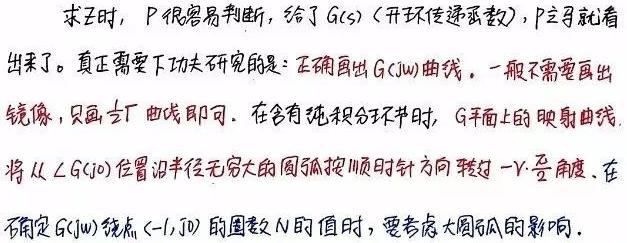
求王时, P 很容易判断, 给了 $G(s)$ (开环传递函数), P 立马就看出来了。真正需要下功夫研究的是: 正确画出 $G(j\omega)$ 曲线。一般不需要画出镜像, 只画 $\omega \uparrow$ 曲线即可。在含有纯积分环节时, $G$ 平面上的映射曲线, 将从 $\angle G(j0)$ 位置沿半径无穷大的圆弧按顺时针方向转过 $-v\cdot \frac{\pi}{2}$ 角度。在不确定 $G(j\omega)$ 绕点 $(-1,j0)$ 的圈数 $N$ 的值时, 要考虑大圆弧的影响。